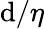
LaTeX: {\mathrm{d}/\eta}